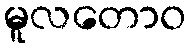
မူလတောဝ